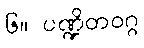
၆။ ပဏ္ဍိတဝဂ္ဂ